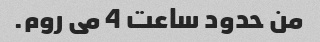
من حدود ساعت 4 می روم.